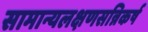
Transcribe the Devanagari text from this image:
सामान्यलक्षणसन्निकर्ष